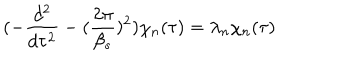
LaTeX: ( - \frac { d ^ { 2 } } { d \tau ^ { 2 } } - ( \frac { 2 \pi } { \beta _ { s } } ) ^ { 2 } ) \chi _ { n } ( \tau ) = \lambda _ { n } \chi _ { n } ( \tau )